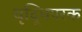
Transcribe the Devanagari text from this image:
वृद्धिपरक